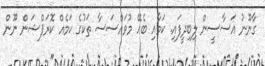
ގާނޫނު އަސާސީން ލިބިދީފައި. ކަމާއި ބެހޭ މުވައްސަސާ ތަކުގެ ކަމެއް ކޮރަޕްޝަން ނޫން